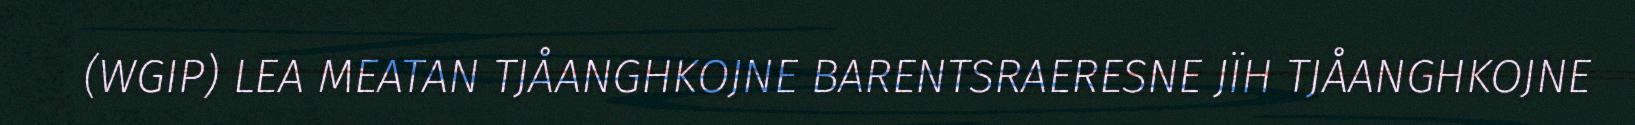
(WGIP) LEA MEATAN TJÅANGHKOJNE BARENTSRAERESNE JÏH TJÅANGHKOJNE